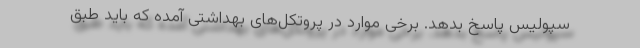
سپولیس پاسخ بدهد. برخی موارد در پروتکل‌های بهداشتی آمده که باید طبق